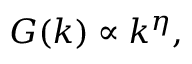
G ( k ) \propto k ^ { \eta } ,